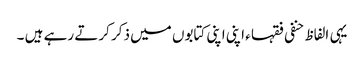
یہی الفاظ حنفی فقہا ء اپنی اپنی کتابوں میں ذکر کرتے رہے ہیں ۔